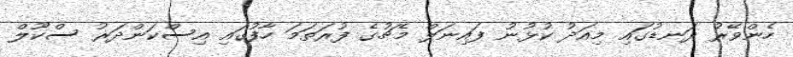
ހެންވޭރު ދަނޑުގައި މިއަދު ކުޅުނު ފައިނަލް މެޗުގެ ފުރަތަމަ ހާފުގައި އިސްކަންދަރު ސްކޫލް